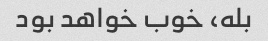
بله، خوب خواهد بود